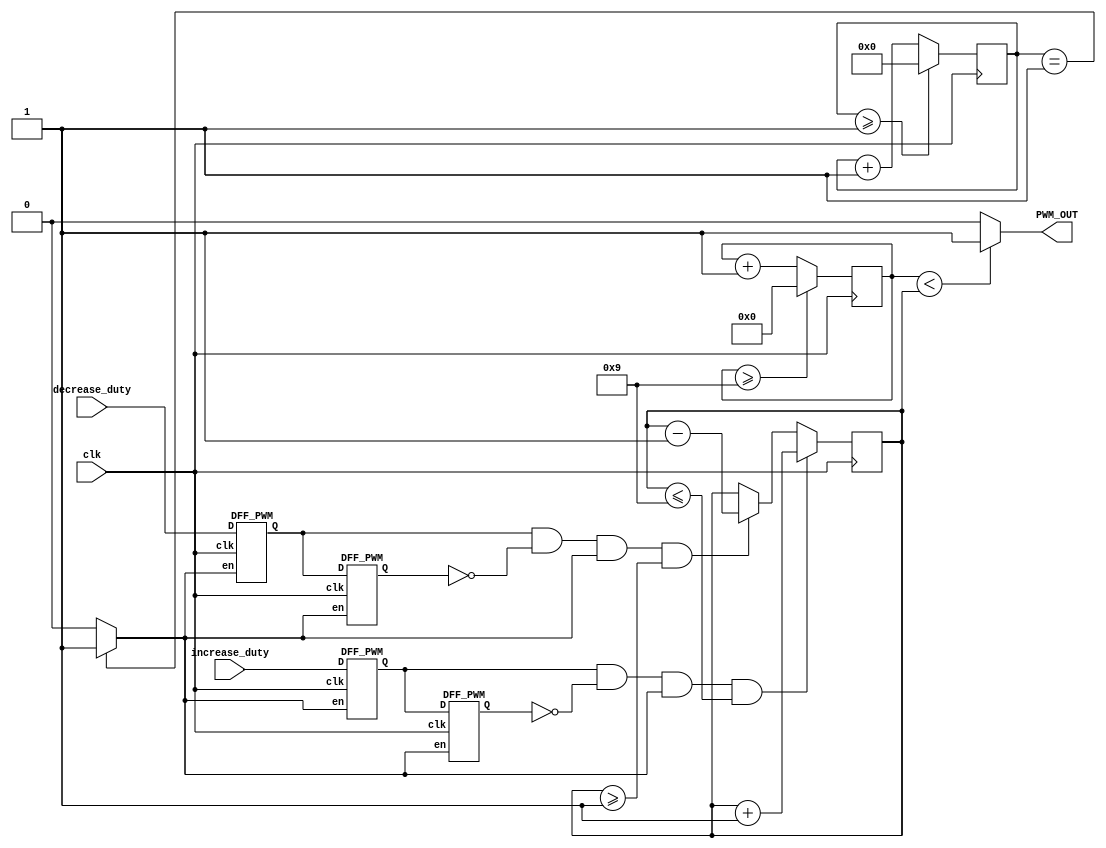
// fpga4student.com: FPGA Projects, Verilog projects, VHDL projects 
// Verilog project: Verilog code for PWM Generator with variable Duty Cycle
// Two debounced buttons are used to control the duty cycle (step size: 10%)
module PWM_Generator_Verilog
 (
 clk, // 100MHz clock input 
 increase_duty, // input to increase 10% duty cycle 
 decrease_duty, // input to decrease 10% duty cycle 
 PWM_OUT // 10MHz PWM output signal 
    );
 input clk;
 input increase_duty;
 input decrease_duty;
 output PWM_OUT;
 wire slow_clk_enable; // slow clock enable signal for debouncing FFs
 reg[27:0] counter_debounce=0;// counter for creating slow clock enable signals 
 wire tmp1,tmp2,duty_inc;// temporary flip-flop signals for debouncing the increasing button
 wire tmp3,tmp4,duty_dec;// temporary flip-flop signals for debouncing the decreasing button
 reg[3:0] counter_PWM=0;// counter for creating 10Mhz PWM signal
 reg[3:0] DUTY_CYCLE=5; // initial duty cycle is 50%
  // Debouncing 2 buttons for inc/dec duty cycle 
  // Firstly generate slow clock enable for debouncing flip-flop (4Hz)
 always @(posedge clk)
 begin
   counter_debounce <= counter_debounce + 1;
   //if(counter_debounce>=25000000) then  
   // for running on FPGA -- comment when running simulation
   if(counter_debounce>=1) 
   // for running simulation -- comment when running on FPGA
    counter_debounce <= 0;
 end
 // assign slow_clk_enable = counter_debounce == 25000000 ?1:0;
 // for running on FPGA -- comment when running simulation 
 assign slow_clk_enable = counter_debounce == 1 ?1:0;
 // for running simulation -- comment when running on FPGA
 // debouncing FFs for increasing button
 DFF_PWM PWM_DFF1(clk,slow_clk_enable,increase_duty,tmp1);
 DFF_PWM PWM_DFF2(clk,slow_clk_enable,tmp1, tmp2); 
 assign duty_inc =  tmp1 & (~ tmp2) & slow_clk_enable;
 // debouncing FFs for decreasing button
 DFF_PWM PWM_DFF3(clk,slow_clk_enable,decrease_duty, tmp3);
 DFF_PWM PWM_DFF4(clk,slow_clk_enable,tmp3, tmp4); 
 assign duty_dec =  tmp3 & (~ tmp4) & slow_clk_enable;
 // vary the duty cycle using the debounced buttons above
 always @(posedge clk)
 begin
   if(duty_inc==1 && DUTY_CYCLE <= 9) 
    DUTY_CYCLE <= DUTY_CYCLE + 1;// increase duty cycle by 10%
   else if(duty_dec==1 && DUTY_CYCLE>=1) 
    DUTY_CYCLE <= DUTY_CYCLE - 1;//decrease duty cycle by 10%
 end 
// Create 10MHz PWM signal with variable duty cycle controlled by 2 buttons 
 always @(posedge clk)
 begin
   counter_PWM <= counter_PWM + 1;
   if(counter_PWM>=9) 
    counter_PWM <= 0;
 end
 assign PWM_OUT = counter_PWM < DUTY_CYCLE ? 1:0;
endmodule
// Debouncing DFFs for push buttons on FPGA
module DFF_PWM(clk,en,D,Q);
input clk,en,D;
output reg Q;
always @(posedge clk)
begin 
 if(en==1) // slow clock enable signal 
  Q <= D;
end 
endmodule